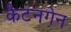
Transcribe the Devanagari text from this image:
कैटनगेन